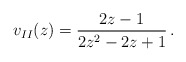
\begin{align*}v_{II}(z)={{2z-1}\over{2z^2 - 2 z +1}}\,.\end{align*}